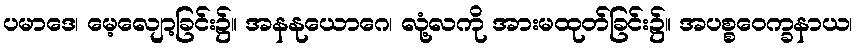
ပမာဒေ၊ မေ့လျော့ခြင်း၌။ အနနုယောဂေ၊ လုံ့လကို အားမထုတ်ခြင်း၌။ အပစ္စဝေက္ခနာယ၊